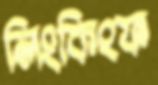
লিংকিংফ